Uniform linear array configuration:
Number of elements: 24
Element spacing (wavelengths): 0.5
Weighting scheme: uniform
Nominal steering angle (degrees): -30
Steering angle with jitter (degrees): -29.71
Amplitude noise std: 0.05
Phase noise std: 0.05

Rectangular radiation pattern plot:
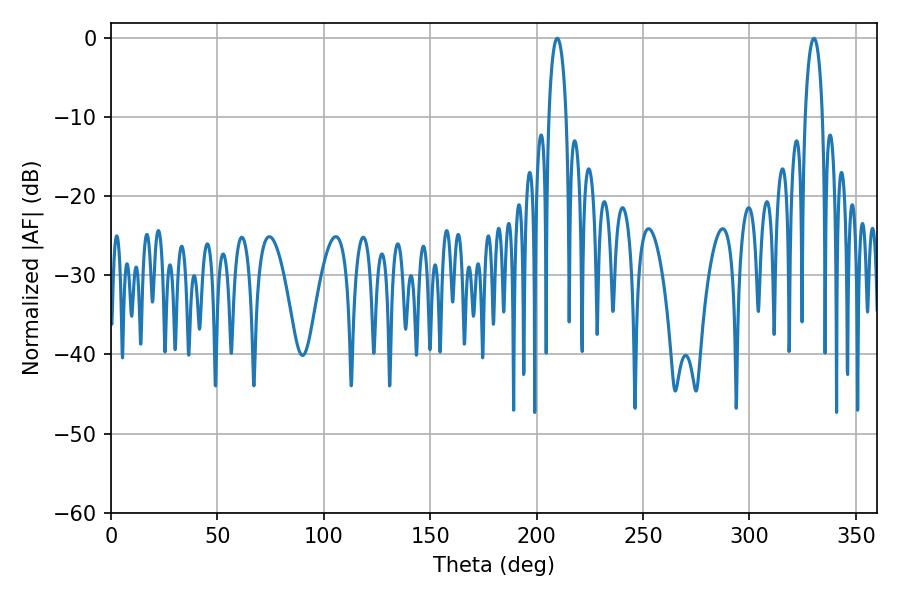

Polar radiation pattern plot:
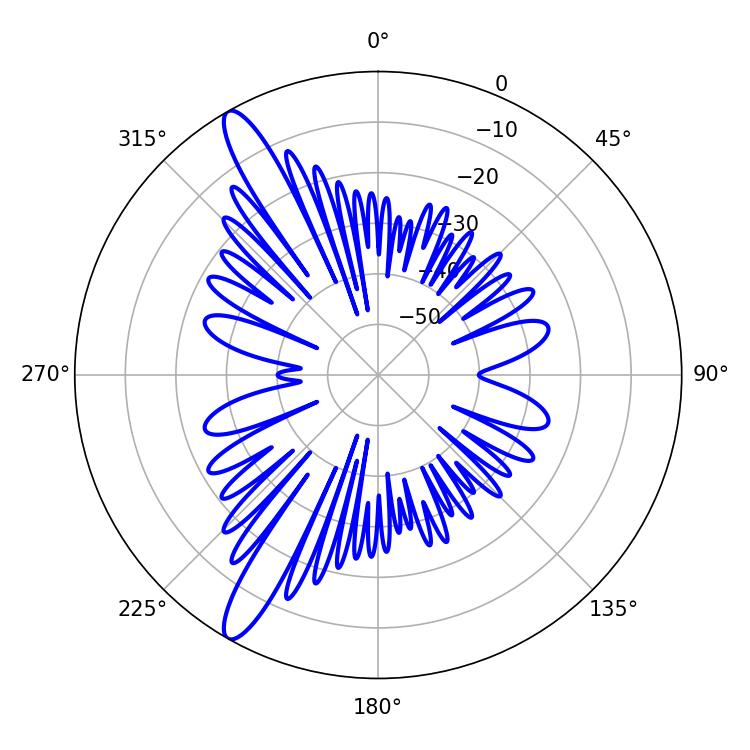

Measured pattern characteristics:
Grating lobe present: FALSE
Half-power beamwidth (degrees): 4.68
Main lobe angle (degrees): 330.3